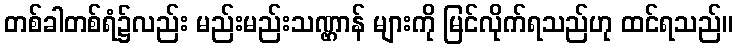
တစ်ခါတစ်ရံ၌လည်း မည်းမည်းသဏ္ဌာန် များကို မြင်လိုက်ရသည်ဟု ထင်ရသည်။